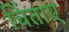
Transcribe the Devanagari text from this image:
चिंताए